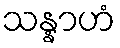
သန္နာဟံ